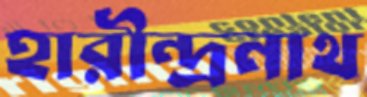
হারীন্দ্রনাথ